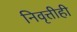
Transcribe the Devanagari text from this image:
निवृत्तीही